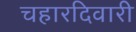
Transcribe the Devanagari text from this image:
चहारदिवारी